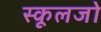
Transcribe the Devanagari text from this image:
स्कूलजो